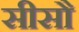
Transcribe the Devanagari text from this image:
सीसौ